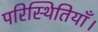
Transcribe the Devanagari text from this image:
परिस्थितियाँ।